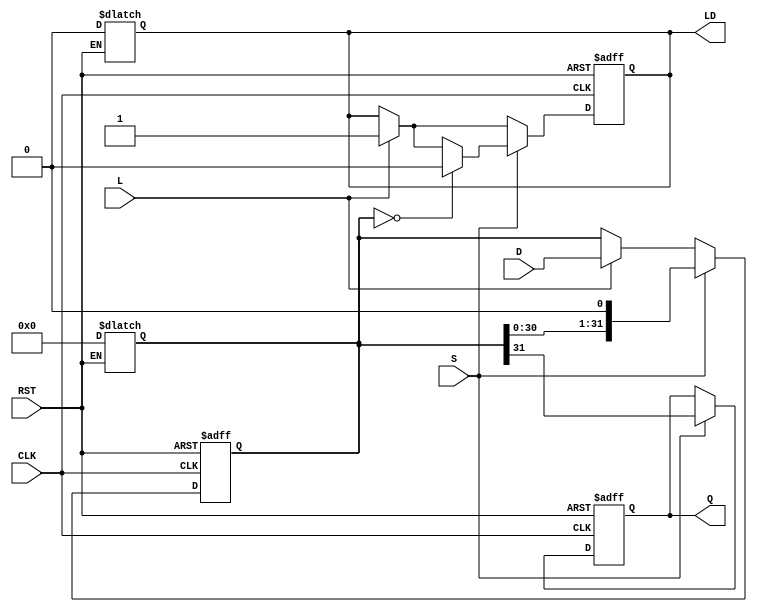
module piso_register (
    input wire [31:0] D,         // 32-bit parallel data input
    input wire L,                // Load control signal
    input wire S,                // Shift control signal
    input wire CLK,              // Clock input
    input wire RST,              // Asynchronous reset
    output reg Q,                // Serial output
    output reg LD                // Data loaded status
);

// 32-bit register to hold the parallel data
reg [31:0] shift_reg;

// State to track if data is loaded
reg data_loaded;

// Asynchronous reset logic
always @(*) begin
    if (RST) begin
        shift_reg = 32'b0;
        data_loaded = 1'b0;
    end
end

// Load and Shift operation on clock edge
always @(posedge CLK or posedge RST) begin
    if (RST) begin
        shift_reg <= 32'b0;  // Clear the register
        Q <= 1'b0;           // Clear the serial out
        data_loaded <= 1'b0; // Clear data loaded status
    end else begin
        if (L) begin
            shift_reg <= D;   // Load parallel data into the register
            data_loaded <= 1'b1; // Indicate that data is loaded
        end
        
        if (S) begin
            Q <= shift_reg[31]; // Shift out the MSB
            shift_reg <= {shift_reg[30:0], 1'b0}; // Shift left to make room for new MSB
            if (shift_reg == 32'b0) begin
                data_loaded <= 1'b0; // Clear data loaded if all bits are shifted out
            end
        end
    end
end

// Assign the data loaded status to output
always @(*) begin
    LD = data_loaded;
end

endmodule